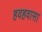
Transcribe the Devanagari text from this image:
हवहवासा